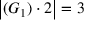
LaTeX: \left| ( G _ { 1 } ) \cdot 2 \right| = 3